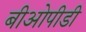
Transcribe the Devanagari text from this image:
बीओपीडी